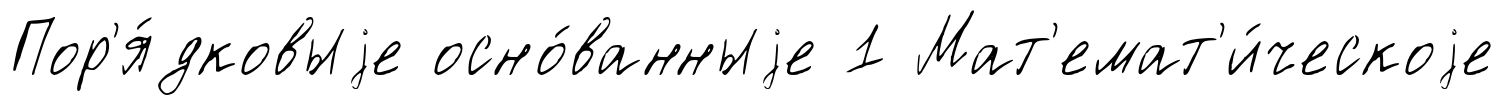
Пор'я́дковыjе осно́ванныjе 1 Мат'емат'и́ческоjе